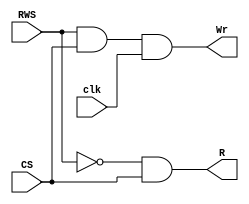
module RWSel(Wr, R, CS, RWS, clk);
	input RWS, CS, clk;
	output Wr, R;
	
	and(Wr, RWS, CS, clk),
		(R, ~RWS, CS);
endmodule